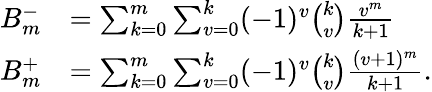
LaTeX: {\begin{array}{rl}{B_{m}^{-}}&{=\sum_{k=0}^{m}\sum_{v=0}^{k}(-1)^{v}{\binom{k}{v}}{\frac{v^{m}}{k+1}}}\\ {B_{m}^{+}}&{=\sum_{k=0}^{m}\sum_{v=0}^{k}(-1)^{v}{\binom{k}{v}}{\frac{(v+1)^{m}}{k+1}}.}\end{array}}